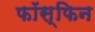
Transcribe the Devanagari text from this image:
फॉस्फिन